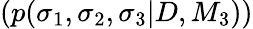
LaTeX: (p(\sigma_{1},\sigma_{2},\sigma_{3}|D,M_{3}))